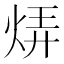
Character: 𬊊